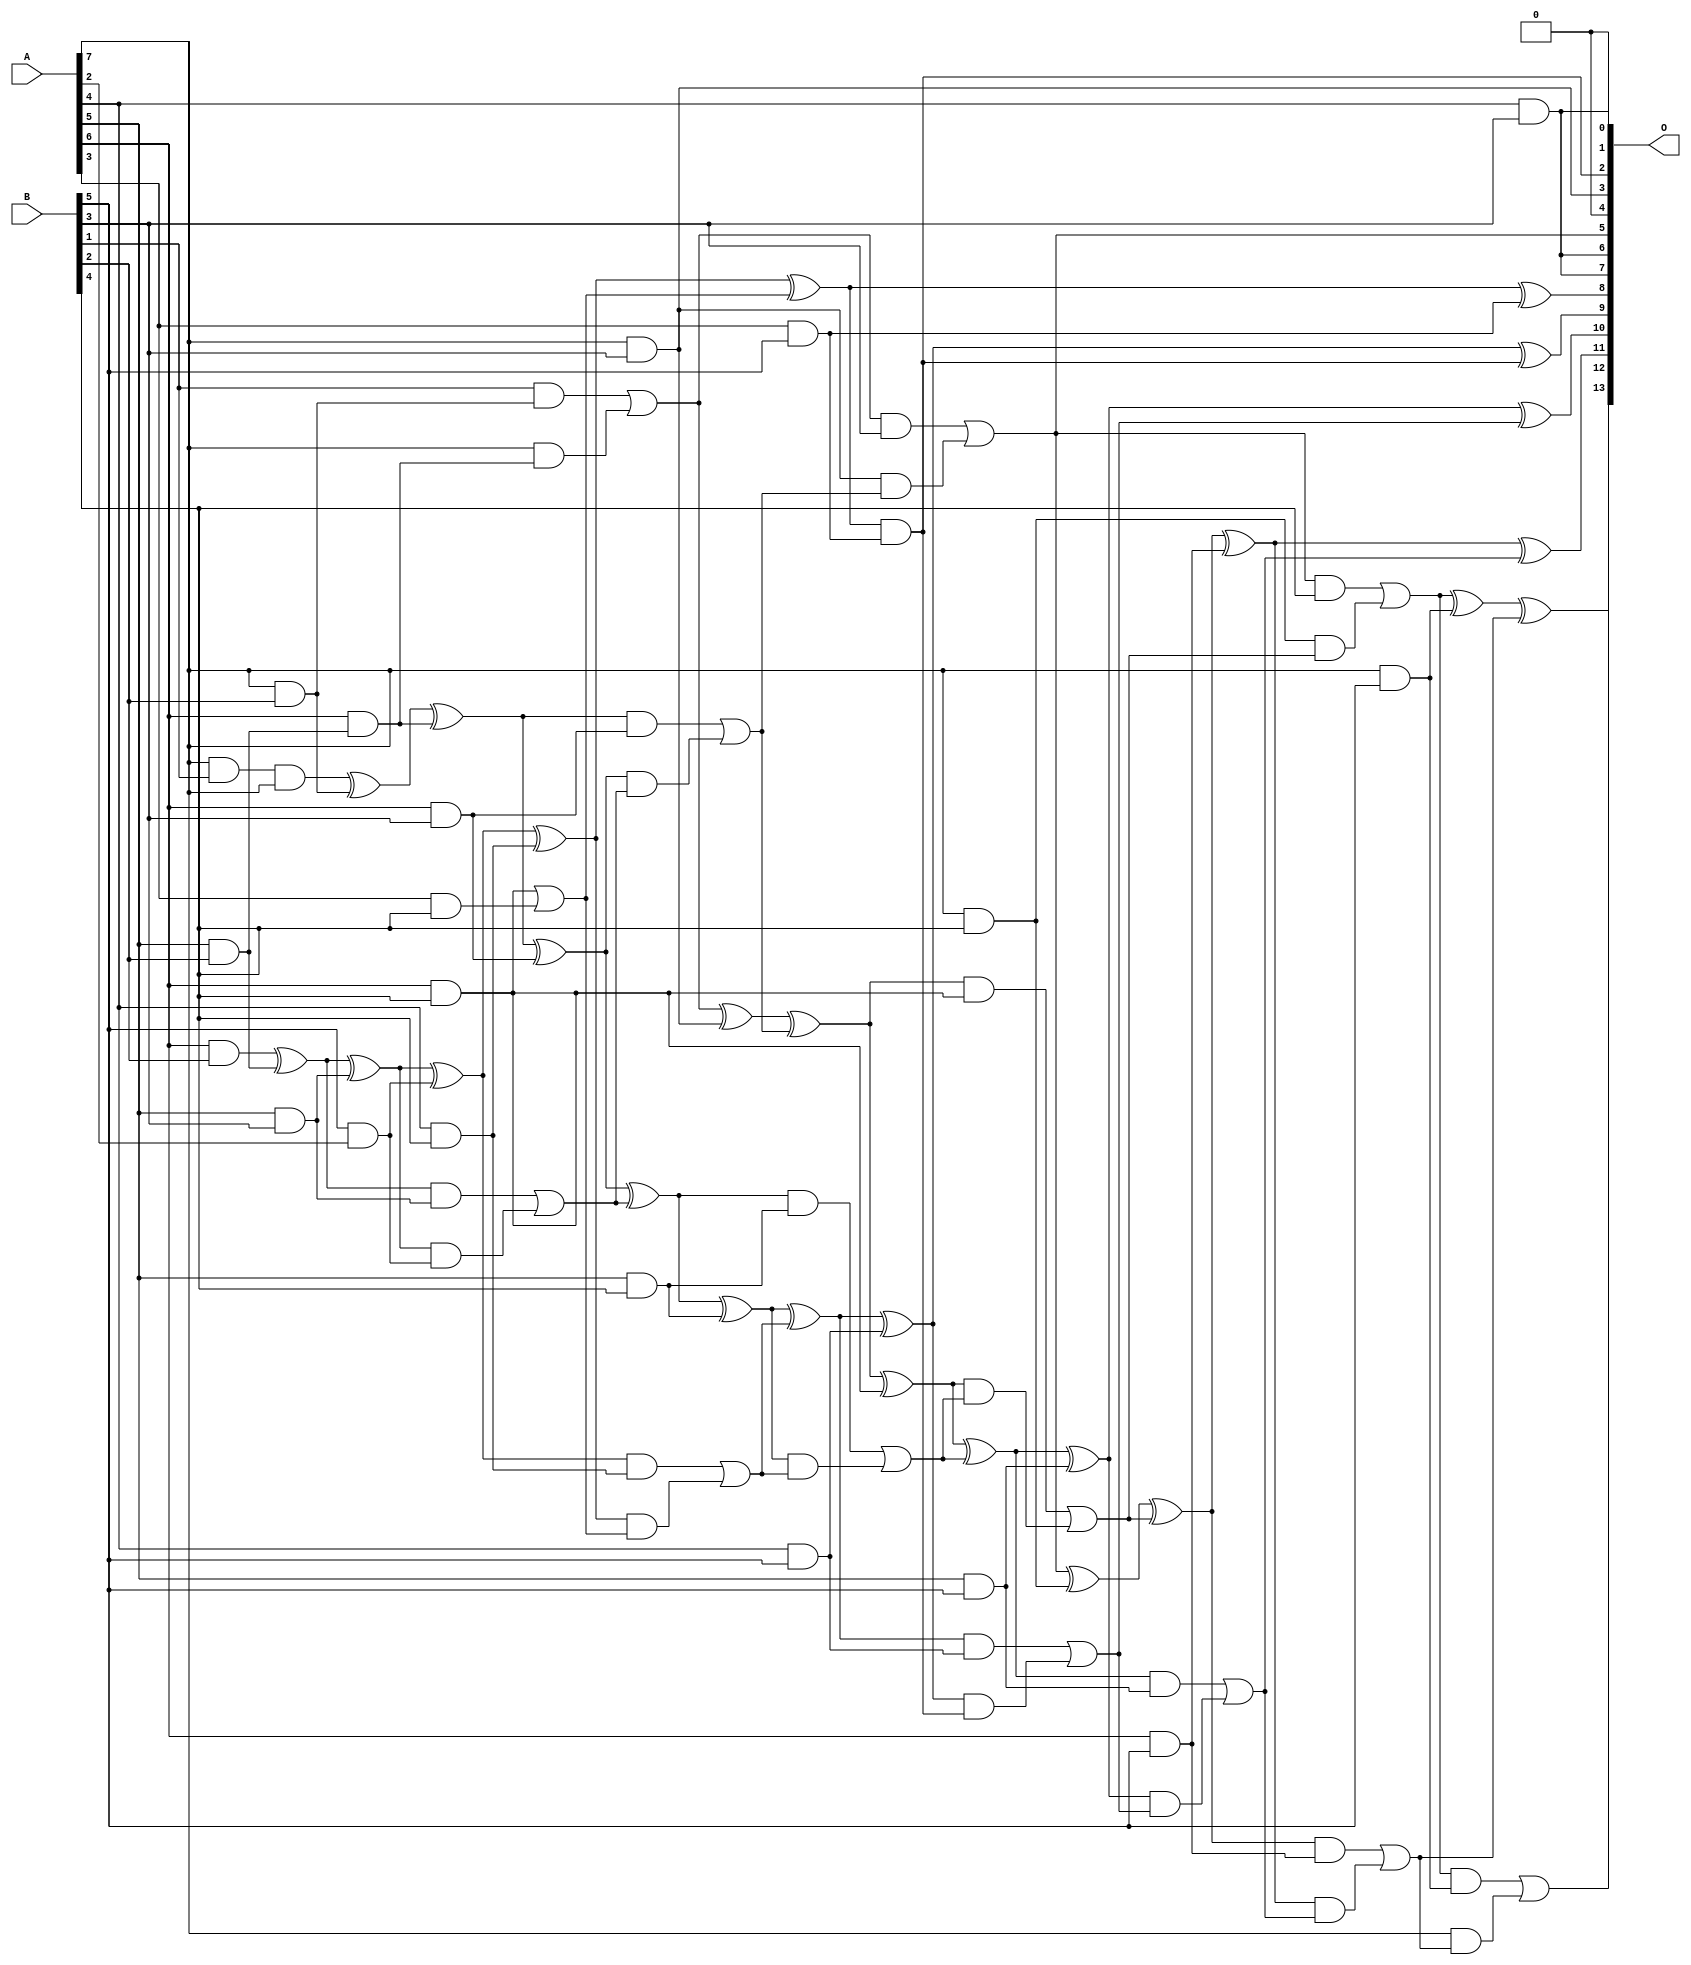
/***
* This code is a part of EvoApproxLib library (ehw.fit.vutbr.cz/approxlib) distributed under The MIT License.
* When used, please cite the following article(s): V. Mrazek, L. Sekanina, Z. Vasicek "Libraries of Approximate Circuits: Automated Design and Application in CNN Accelerators" IEEE Journal on Emerging and Selected Topics in Circuits and Systems, Vol 10, No 4, 2020 
* This file contains a circuit from a sub-set of pareto optimal circuits with respect to the pwr and mre parameters
***/
// MAE% = 0.76 %
// MAE = 124 
// WCE% = 3.06 %
// WCE = 501 
// WCRE% = 100.00 %
// EP% = 97.53 %
// MRE% = 12.27 %
// MSE = 24027 
// PDK45_PWR = 0.087 mW
// PDK45_AREA = 203.7 um2
// PDK45_DELAY = 0.88 ns

module mul8x6u_4RX (
    A,
    B,
    O
);

input [7:0] A;
input [5:0] B;
output [13:0] O;

wire sig_14,sig_16,sig_28,sig_61,sig_68,sig_70,sig_71,sig_101,sig_102,sig_104,sig_105,sig_106,sig_107,sig_108,sig_114,sig_115,sig_116,sig_139,sig_140,sig_141;
wire sig_142,sig_143,sig_144,sig_145,sig_146,sig_147,sig_148,sig_149,sig_150,sig_151,sig_152,sig_153,sig_157,sig_158,sig_159,sig_160,sig_161,sig_175,sig_179,sig_180;
wire sig_181,sig_182,sig_183,sig_184,sig_185,sig_186,sig_187,sig_188,sig_189,sig_190,sig_191,sig_192,sig_193,sig_194,sig_195,sig_196,sig_197,sig_198,sig_202,sig_203;
wire sig_204,sig_205,sig_206,sig_219,sig_220,sig_224,sig_225,sig_226,sig_227,sig_228,sig_229,sig_230,sig_231,sig_232,sig_233,sig_234,sig_235,sig_236,sig_237,sig_238;
wire sig_239,sig_240,sig_241,sig_242,sig_243;

assign sig_14 = B[5] & A[2];
assign sig_16 = A[4] & B[3];
assign sig_28 = A[7] & B[1];
assign sig_61 = sig_28 & A[7];
assign sig_68 = A[5] & B[2];
assign sig_70 = A[6] & B[2];
assign sig_71 = A[7] & B[2];
assign sig_101 = A[6] & sig_68;
assign sig_102 = sig_70 ^ sig_68;
assign sig_104 = sig_61 ^ sig_71;
assign sig_105 = B[1] & sig_71;
assign sig_106 = A[7] & sig_101;
assign sig_107 = sig_104 ^ sig_101;
assign sig_108 = sig_105 | sig_106;
assign sig_114 = A[5] & B[3];
assign sig_115 = A[6] & B[3];
assign sig_116 = A[7] & B[3];
assign sig_139 = sig_102 ^ sig_114;
assign sig_140 = sig_102 & sig_114;
assign sig_141 = sig_139 & sig_14;
assign sig_142 = sig_139 ^ sig_14;
assign sig_143 = sig_140 | sig_141;
assign sig_144 = sig_107 ^ sig_115;
assign sig_145 = sig_107 & sig_115;
assign sig_146 = sig_144 & sig_143;
assign sig_147 = sig_144 ^ sig_143;
assign sig_148 = sig_145 | sig_146;
assign sig_149 = sig_108 ^ sig_116;
assign sig_150 = sig_108 & B[3];
assign sig_151 = sig_116 & sig_148;
assign sig_152 = sig_149 ^ sig_148;
assign sig_153 = sig_150 | sig_151;
assign sig_157 = A[3] & B[4];
assign sig_158 = A[4] & B[4];
assign sig_159 = A[5] & B[4];
assign sig_160 = A[6] & B[4];
assign sig_161 = A[7] & B[4];
assign sig_175 = sig_160 | sig_157;
assign sig_179 = sig_142 ^ sig_158;
assign sig_180 = sig_142 & sig_158;
assign sig_181 = sig_179 & sig_175;
assign sig_182 = sig_179 ^ sig_175;
assign sig_183 = sig_180 | sig_181;
assign sig_184 = sig_147 ^ sig_159;
assign sig_185 = sig_147 & sig_159;
assign sig_186 = sig_184 & sig_183;
assign sig_187 = sig_184 ^ sig_183;
assign sig_188 = sig_185 | sig_186;
assign sig_189 = sig_152 ^ sig_160;
assign sig_190 = sig_152 & sig_160;
assign sig_191 = sig_189 & sig_188;
assign sig_192 = sig_189 ^ sig_188;
assign sig_193 = sig_190 | sig_191;
assign sig_194 = sig_153 ^ sig_161;
assign sig_195 = sig_153 & B[4];
assign sig_196 = sig_161 & sig_193;
assign sig_197 = sig_194 ^ sig_193;
assign sig_198 = sig_195 | sig_196;
assign sig_202 = A[3] & B[5];
assign sig_203 = A[4] & B[5];
assign sig_204 = A[5] & B[5];
assign sig_205 = A[6] & B[5];
assign sig_206 = A[7] & B[5];
assign sig_219 = sig_182 ^ sig_202;
assign sig_220 = sig_182 & sig_202;
assign sig_224 = sig_187 ^ sig_203;
assign sig_225 = sig_187 & sig_203;
assign sig_226 = sig_224 & sig_220;
assign sig_227 = sig_224 ^ sig_220;
assign sig_228 = sig_225 | sig_226;
assign sig_229 = sig_192 ^ sig_204;
assign sig_230 = sig_192 & sig_204;
assign sig_231 = sig_229 & sig_228;
assign sig_232 = sig_229 ^ sig_228;
assign sig_233 = sig_230 | sig_231;
assign sig_234 = sig_197 ^ sig_205;
assign sig_235 = sig_197 & sig_205;
assign sig_236 = sig_234 & sig_233;
assign sig_237 = sig_234 ^ sig_233;
assign sig_238 = sig_235 | sig_236;
assign sig_239 = sig_198 ^ sig_206;
assign sig_240 = sig_198 & sig_206;
assign sig_241 = A[7] & sig_238;
assign sig_242 = sig_239 ^ sig_238;
assign sig_243 = sig_240 | sig_241;

assign O[13] = sig_243;
assign O[12] = sig_242;
assign O[11] = sig_237;
assign O[10] = sig_232;
assign O[9] = sig_227;
assign O[8] = sig_219;
assign O[7] = sig_16;
assign O[6] = sig_16;
assign O[5] = sig_153;
assign O[4] = 1'b0;
assign O[3] = sig_116;
assign O[2] = sig_220;
assign O[1] = 1'b0;
assign O[0] = sig_16;

endmodule